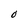
Character: O